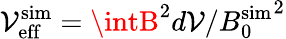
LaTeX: \mathcal{V}_{\mathrm{{eff}}}^{\mathrm{{sim}}}=\intB^{2}d\mathcal{V}/{B_{0}^{\mathrm{{sim}}}}^{2}